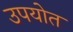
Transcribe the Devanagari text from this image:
उपयोत